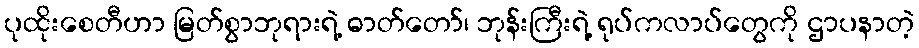
ပုထိုးစေတီဟာ မြတ်စွာဘုရားရဲ့ ဓာတ်တော်၊ ဘုန်းကြီးရဲ့ ရုပ်ကလာပ်တွေကို ဌာပနာတဲ့